Account of plague administration in the Bombay Presidency from September 1896 till May 1897
Year: 1896
Disease focus: Plague
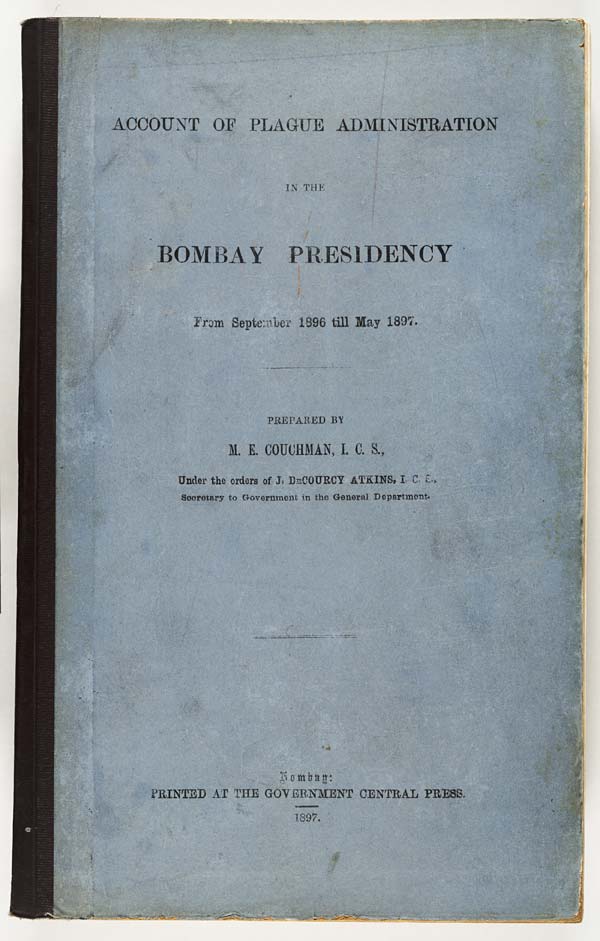
ACCOUNT OF PLAGUE ADMINISTRATION
IN THE
BOMBAY PRESIDENCY
From September 1896 till May 1897.
PREPARED BY
M. E. COUCHMAN, I. C. S.,
Under the orders of J. DECOURCY ATKINS, I. C. S.,
Secretary to Government in the General Department.
Bombay:
PRINTED AT THE GOVERNMENT CENTRAL PRESS.
1897.